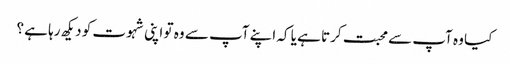
کیا وہ آپ سے محبت کرتا ہے یا کہ اپنے آپ سے وہ تو اپنی شہوت کو دیکھ رہا ہے ؟